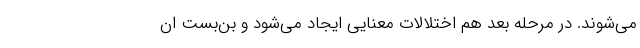
می‌شوند. در مرحله بعد هم اختلالات معنایی ایجاد می‌شود و بن‌بست ان